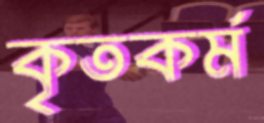
কৃতকর্ম